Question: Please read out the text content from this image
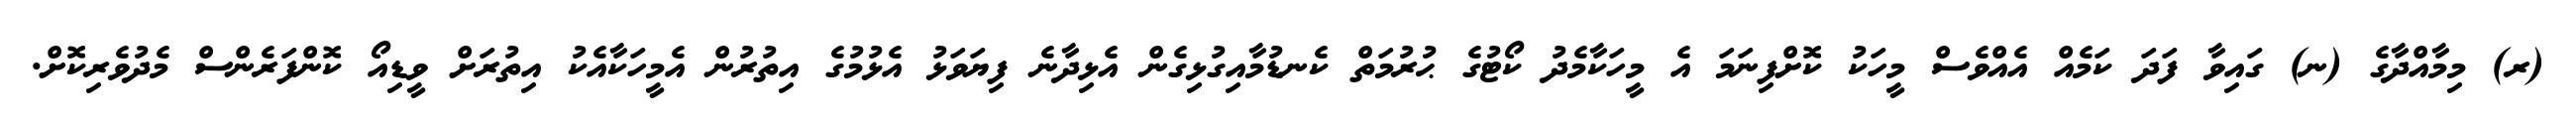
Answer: (ރ) މިމާއްދާގެ (ނ) ގައިވާ ފަދަ ކަމެއް އެއްވެސް މީހަކު ކޮށްފިނަމަ އެ މީހަކާމެދު ކޯޓުގެ ޙުރުމަތް ކެނޑުމާއިގުޅިގެން އެޅިދާނެ ފިޔަވަޅު އެޅުމުގެ އިތުރުން އެމީހަކާއެކު އިތުރަށް ވީޑިއޯ ކޮންފަރެންސް މެދުވެރިކޮށް.